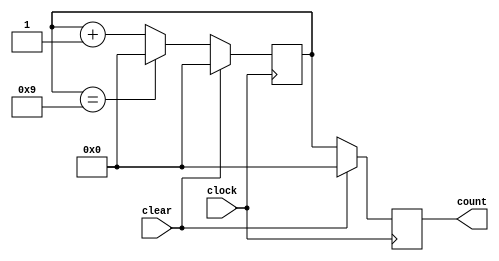
module bcd_counter(input clock, clear,
           output reg [3:0] count);
reg [3:0] t;
always @ (posedge clock) begin
  if (clear) 
  begin
    t <= 4'b0000;
    count <= 4'b0000;
  end
  else 
  begin
    t <= t + 1;
    if (t == 4'b1001) 
    begin
      t <= 4'b0000;
    end
    count <= t;
  end
end
endmodule